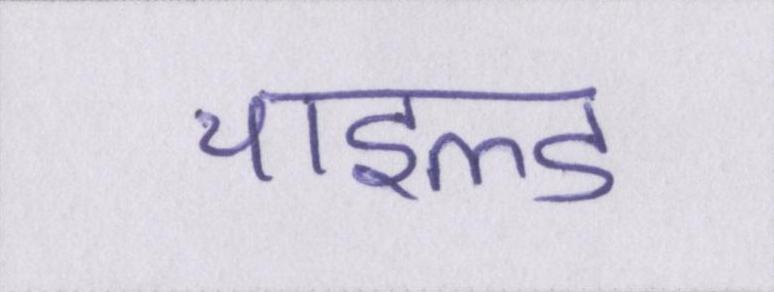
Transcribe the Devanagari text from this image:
चाइल्ड